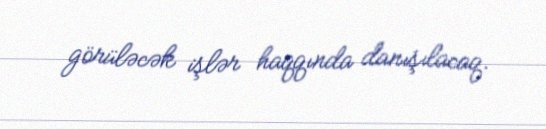
görüləcək işlər haqqında danışılacaq.